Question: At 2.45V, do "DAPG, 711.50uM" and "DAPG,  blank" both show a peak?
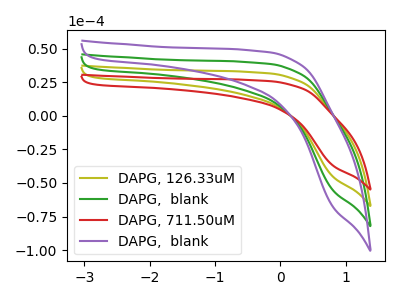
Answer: <think>The olive curve "DAPG, 126.33uM" has no peaks. The green curve "DAPG,  blank" has no peaks. The red curve "DAPG, 711.50uM" has no peaks. The purple curve "DAPG,  blank" has no peaks.</think>
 <answer>No, "DAPG, 711.50uM" and "DAPG,  blank" dont share a peak at 2.45V.</answer>
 <eval>mismatch</eval>